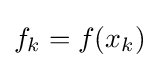
f_{k}=f(x_{k})